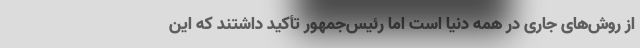
از روش‌های جاری در همه دنیا است اما رئیس‌جمهور تأکید داشتند که این